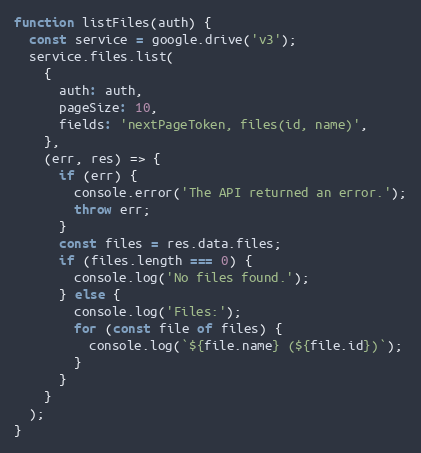
Language: JavaScript
function listFiles(auth) {
  const service = google.drive('v3');
  service.files.list(
    {
      auth: auth,
      pageSize: 10,
      fields: 'nextPageToken, files(id, name)',
    },
    (err, res) => {
      if (err) {
        console.error('The API returned an error.');
        throw err;
      }
      const files = res.data.files;
      if (files.length === 0) {
        console.log('No files found.');
      } else {
        console.log('Files:');
        for (const file of files) {
          console.log(`${file.name} (${file.id})`);
        }
      }
    }
  );
}